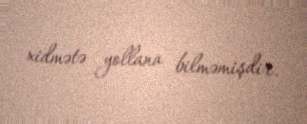
xidmətə yollana bilməmişdir.